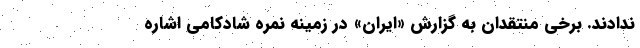
ندادند. برخی منتقدان به گزارش «ایران» در زمینه نمره شادکامی اشاره